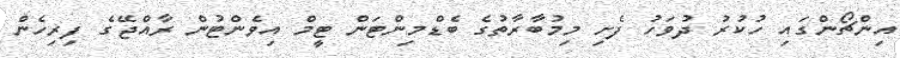
އިންޗޯންގައި ހުކުރު ދުވަހު ފެށި މިމުބާރާތުގެ ބެޑްމިންޓަން ޓީމް އިވެންޓުން ރާއްޖޭގެ ފިރިހެން